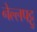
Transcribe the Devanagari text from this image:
नेल्‍लपट्टु